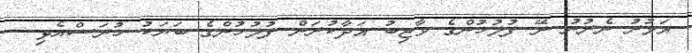
އަމުރު ނެރުނު ރޭ ފުލުހުންގެ ވާޖިބު އަދާކުރަން ފުލުހުންގެ ބަޔަކު ހުރަސްއެޅި